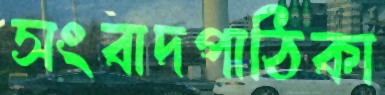
সংবাদপাঠিকা